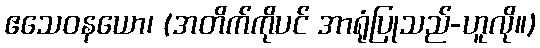
ဧသေဝနယော၊ (အတိက်ကိုပင် အာရုံပြုသည်-ဟူလို။)